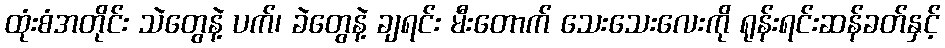
ထုံးစံအတိုင်း သဲတွေနဲ့ ပက်၊ ခဲတွေနဲ့ ချရင်း မီးတောက် သေးသေးလေးကို ရုန်းရင်းဆန်ခတ်နှင့်